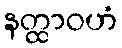
နတ္ထာဝဟံ